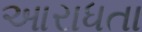
આરાધતા